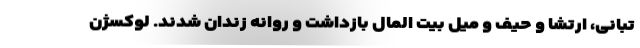
تبانی، ارتشا و حیف و میل بیت المال بازداشت و روانه زندان شدند. لوکسژن